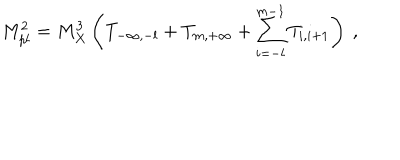
M _ { p l } ^ { 2 } = M _ { X } ^ { 3 } \left( T _ { - \infty , - l } + T _ { m , + \infty } + \sum _ { i = - l } ^ { m - 1 } T _ { i , i + 1 } \right) ~ , ~ \,